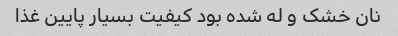
نان خشک و له شده بود کیفیت بسیار پایین غذا